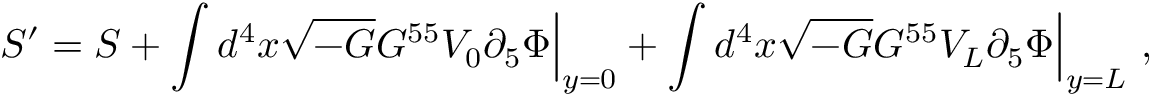
S ^ { \prime } = S + \int d ^ { 4 } x \sqrt { - G } G ^ { 5 5 } V _ { 0 } \partial _ { 5 } \Phi \Bigr | _ { y = 0 } + \int d ^ { 4 } x \sqrt { - G } G ^ { 5 5 } V _ { L } \partial _ { 5 } \Phi \Bigr | _ { y = L } \ ,